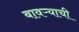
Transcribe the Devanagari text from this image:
बावऱ्याची